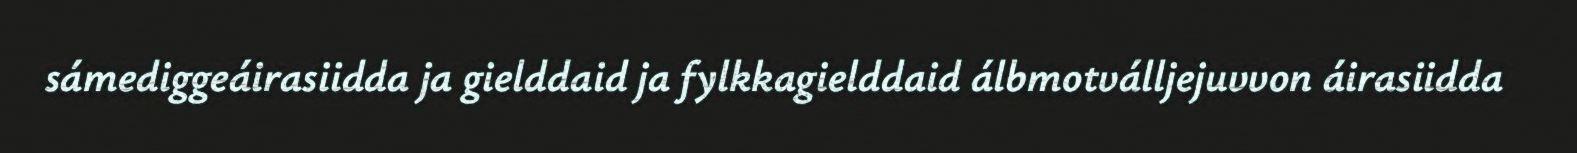
sámediggeáirasiidda ja gielddaid ja fylkkagielddaid álbmotválljejuvvon áirasiidda